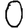
Digit: 0